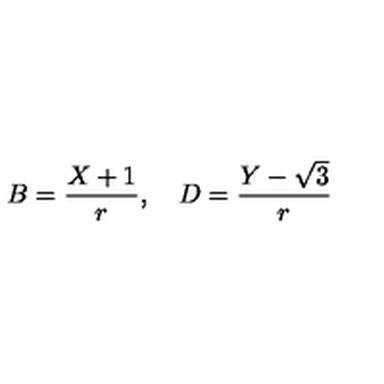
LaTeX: B = \frac { X + 1 } { r } , \quad D = \frac { Y - \sqrt { 3 } } { r }